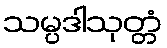
သမ္ပဒါသုတ္တံ